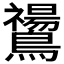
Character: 𪇚